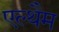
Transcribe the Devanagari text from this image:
एल्थैम